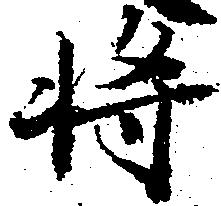
将